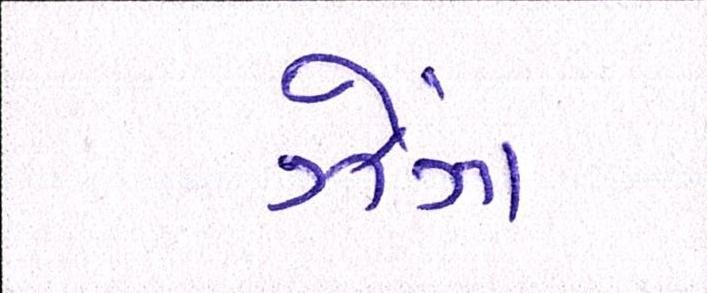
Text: ઝેંગ